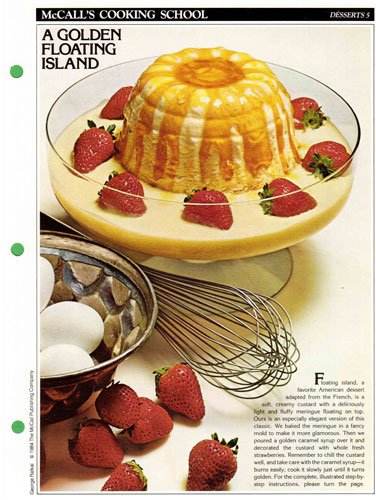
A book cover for McCall's Cooking School Recipe Card: Desserts 5 - A Golden Floating Island (Replacement McCall's Recipage or Recipe Card For 3-Ring Binders); Health, Fitness & Dieting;